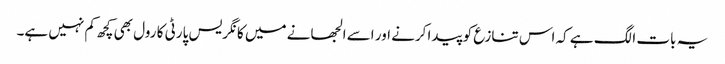
یہ بات الگ ہے کہ اس تنازع کو پیدا کرنے اور اسے الجھانے میں کانگریس پارٹی کا رول بھی کچھ کم نہیں ہے۔